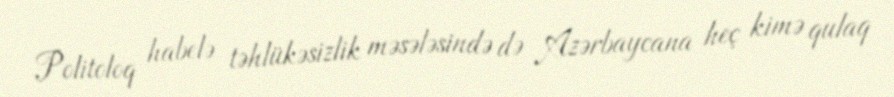
Politoloq habelə təhlükəsizlik məsələsində də Azərbaycana heç kimə qulaq